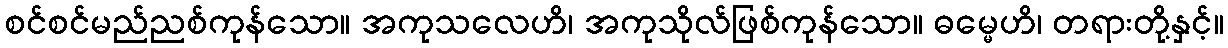
စင်စင်မည်ညစ်ကုန်သော။ အကုသလေဟိ၊ အကုသိုလ်ဖြစ်ကုန်သော။ ဓမ္မေဟိ၊ တရားတို့နှင့်။